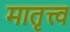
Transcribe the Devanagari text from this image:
मातृत्त्व